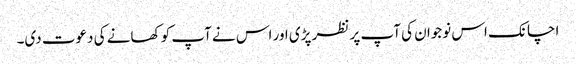
اچانک اس نوجوان کی آپ پر نظر پڑی اور اس نے آپ کو کھانے کی دعوت دی۔